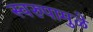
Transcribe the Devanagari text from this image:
स्वरुपामुळे